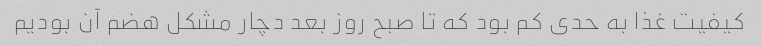
کیفیت غذا به حدی کم بود که تا صبح روز بعد دچار مشکل هضم آن بودیم